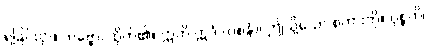
ရခြင်းငှာ။ ဘဗ္ဗော၊ ထိုက်၏။ ဣတိ ဣဒံ (ဝစနံ)၊ ဤသို့သော စကားကို။ ဝုစ္စတိ၊